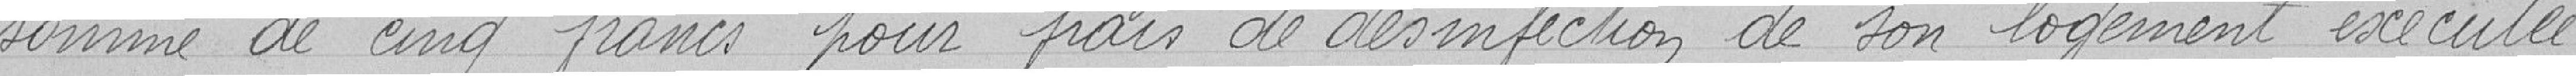
somme de cinq francs pour frais de désinfection de son logement exécutée